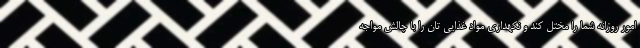
امور روزانه شما را مختل کند و نکهداری مواد غذایی تان را با چالش مواجه